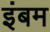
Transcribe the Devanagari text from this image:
इंबम